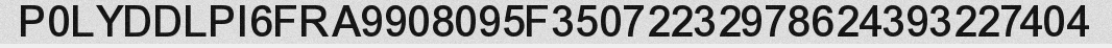
P0LYDDLPI6FRA9908095F35072232978624393227404